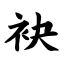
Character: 袂